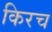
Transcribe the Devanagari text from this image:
किरच